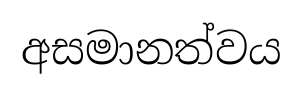
අසමානත්වය